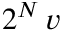
2 ^ { N } \, v